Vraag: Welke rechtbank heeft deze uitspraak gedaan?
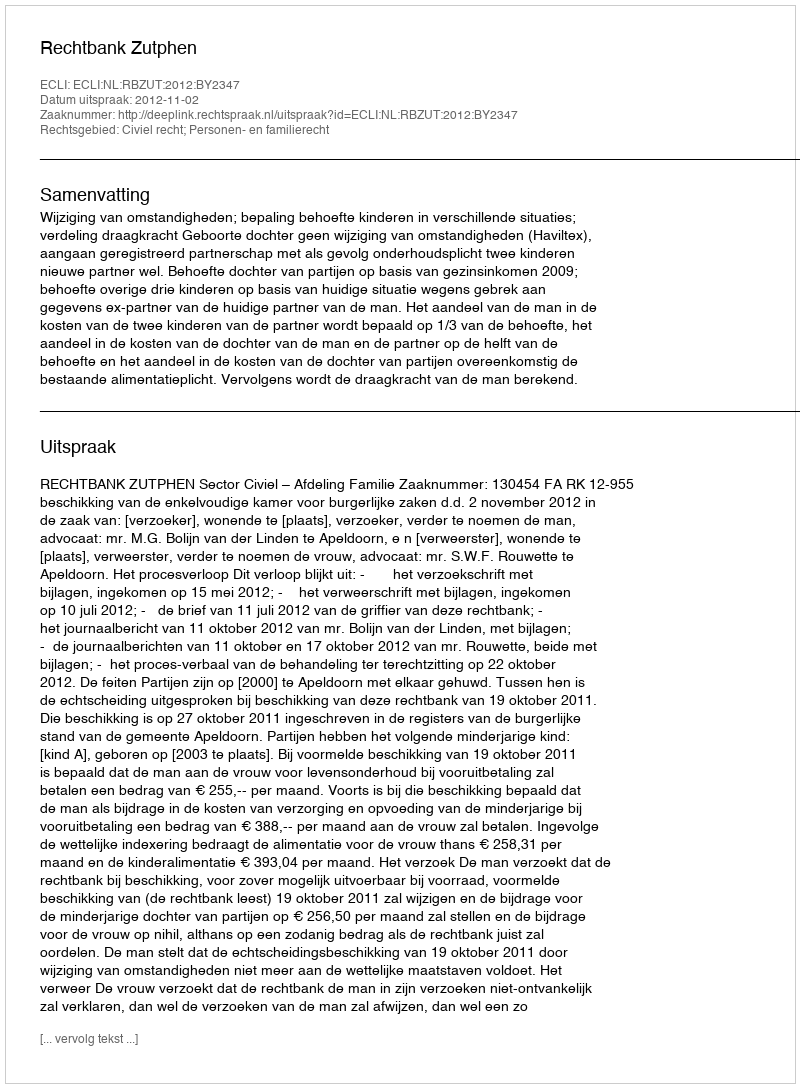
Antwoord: Rechtbank Zutphen